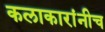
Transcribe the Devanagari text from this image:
कलाकारांनीच